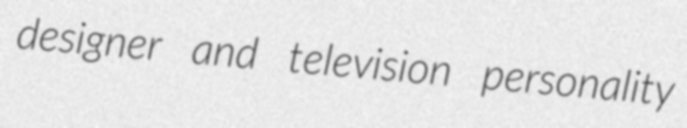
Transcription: designer and television personality